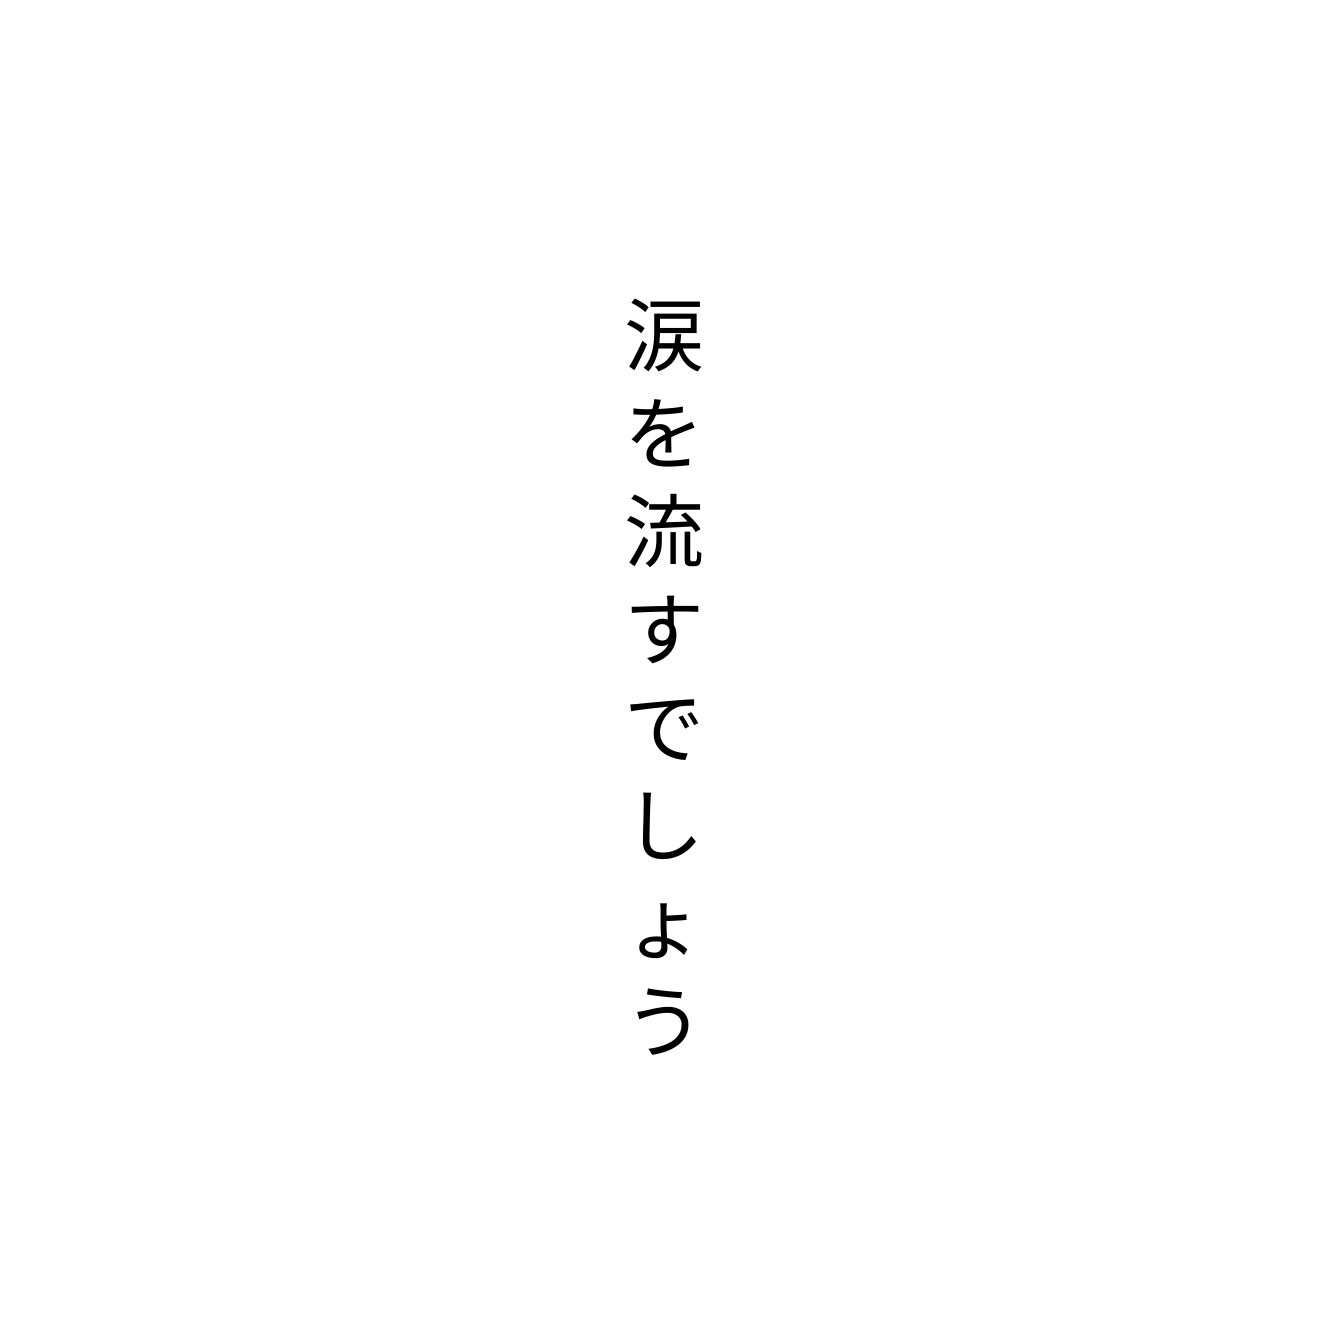
涙を流すでしょう